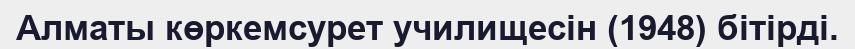
Алматы көркемсурет училищесін (1948) бітірді.